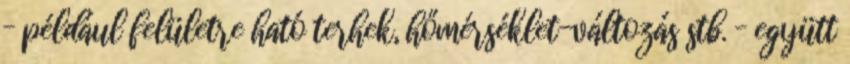
– például felületre ható terhek, hőmérséklet-változás stb. – együtt